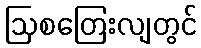
ဩစတြေးလျတွင်